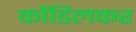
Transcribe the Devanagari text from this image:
कोंडिलकर